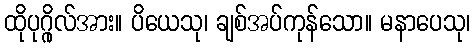
ထိုပုဂ္ဂိုလ်အား။ ပိယေသု၊ ချစ်အပ်ကုန်သော။ မနာပေသု၊